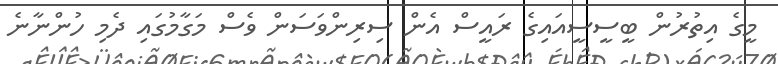
މީގެ އިތުރުން ބީސީސީއައިގެ ރައީސް އެން ސިރިންވަސަން ވެސް މަގާމުގައި ދެމި ހުންނާނެ